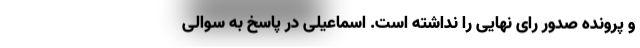
و پرونده صدور رای نهایی را نداشته است. اسماعیلی در پاسخ به سوالی